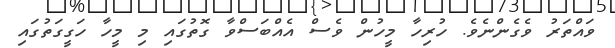
ވައްތަރު ވެގެންނެވެ. ހުރިހާ މީހުން ވެސް އެއްބަސްވާ ގޮތުގައި މި މީހާ ހަގީގަތުގައި